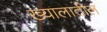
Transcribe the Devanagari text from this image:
ख्यालातील